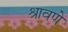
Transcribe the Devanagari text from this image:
श्रावणे